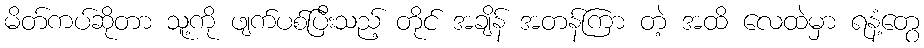
မိတ်ကပ်ဆိုတာ သူ့ကို ဖျက်ပစ်ပြီးသည့် တိုင် အချိန် အတန်ကြာ တဲ့ အထိ လေထဲမှာ ရနံ့တွေ